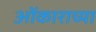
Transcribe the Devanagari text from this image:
ओंकाराच्या